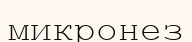
микронез